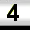
Digit: 3